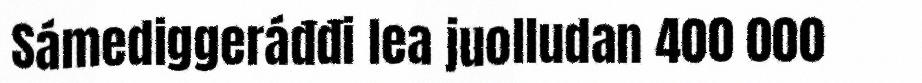
Sámediggeráđđi lea juolludan 400 000